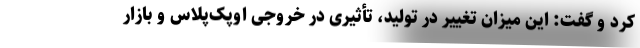
کرد و گفت: این میزان تغییر در تولید، تأثیری در خروجی اوپک‌پلاس و بازار